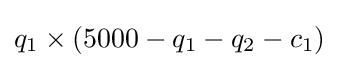
q_{1}\times (5000-q_{1}-q_{2}-c_{1})